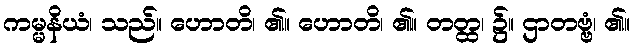
ကမ္မနိယံ၊ သည်။ ဟောတိ၊ ၏။ ဟောတိ၊ ၏။ တတ္ထ၊ ၌။ ဌာတဗ္ဗံ၊ ၏။